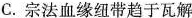
C.宗法血缘纽带趋于瓦解